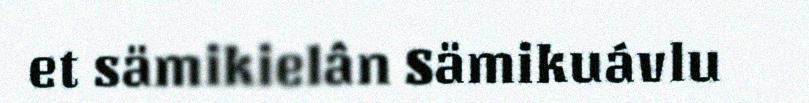
et sämikielân Sämikuávlu